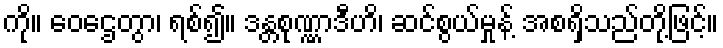
ကို။ ဝေဌေတွာ၊ ရစ်၍။ ဒန္တစုဏ္ဏာဒီဟိ၊ ဆင်စွယ်မှုန့် အစရှိသည်တို့ဖြင့်။